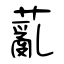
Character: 薍